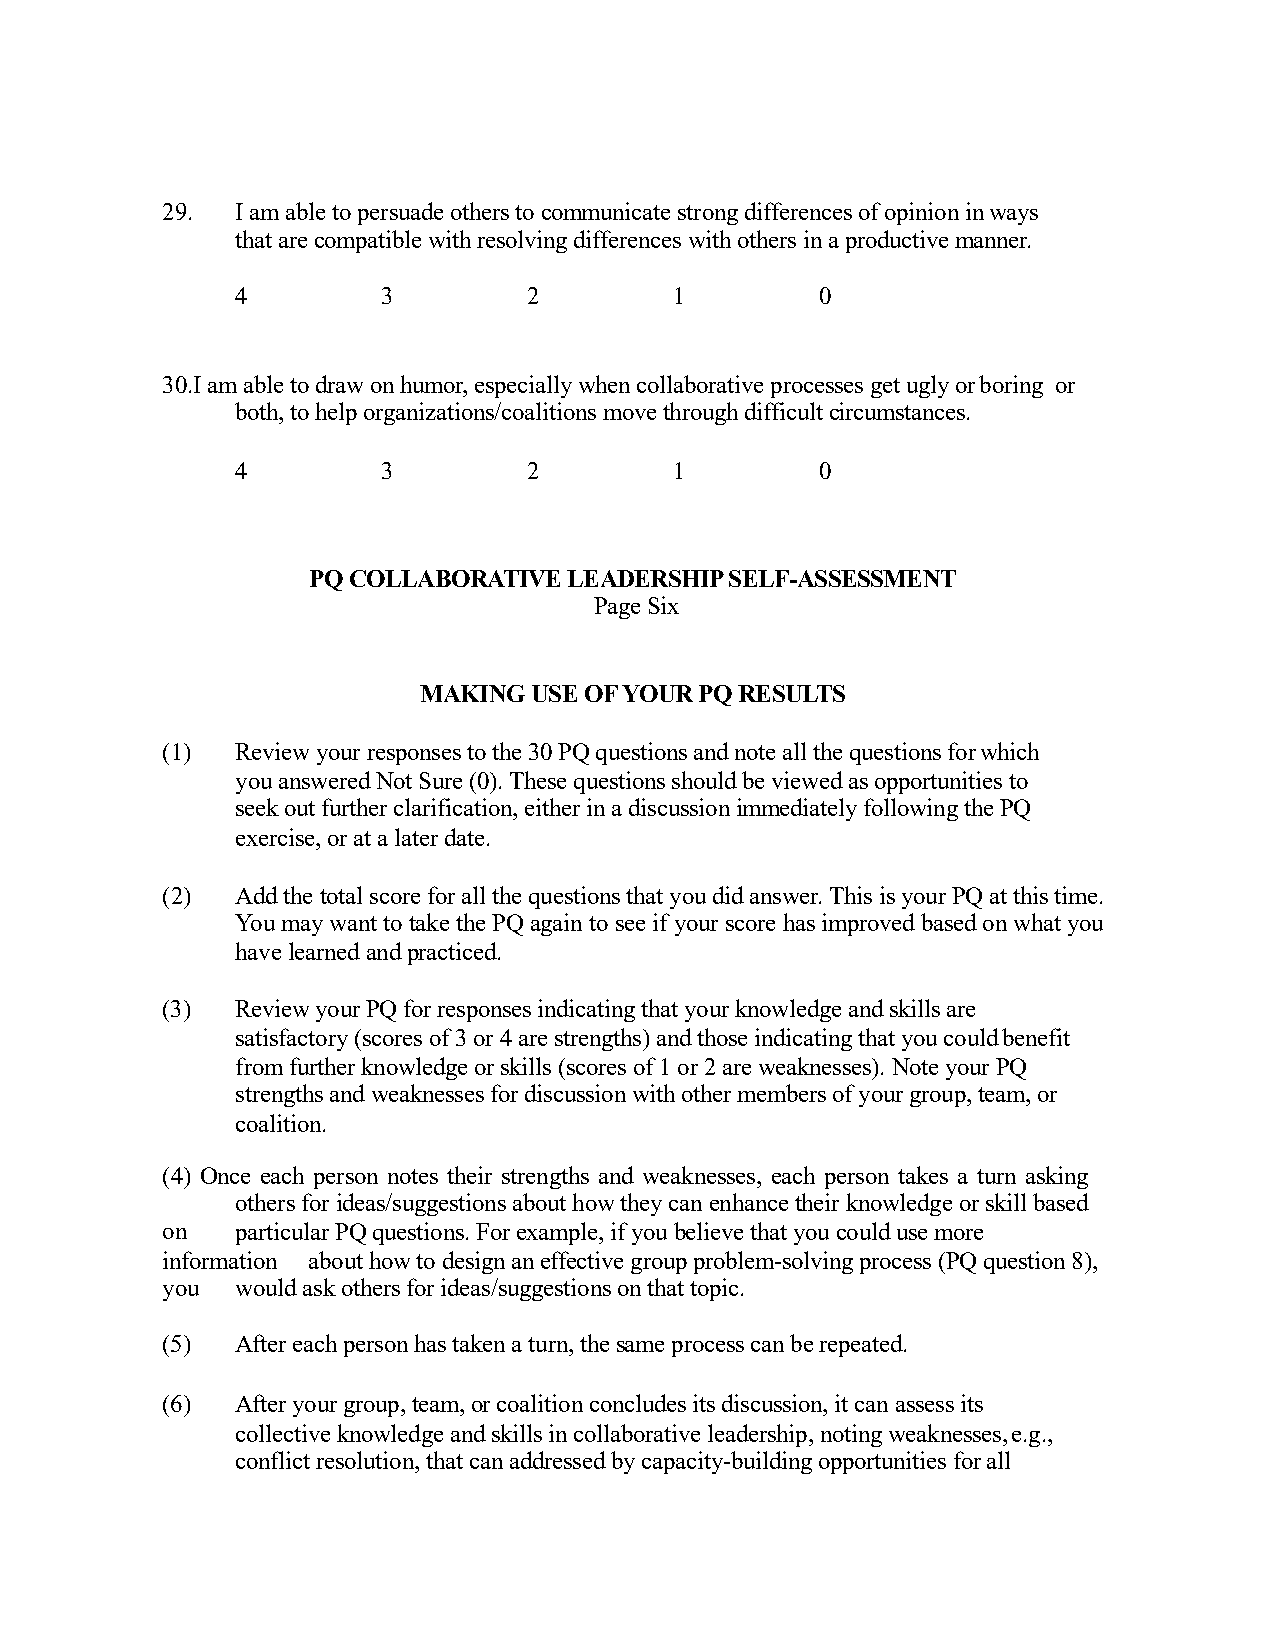
29.  I am able to persuade others to communicate strong differences of opinion inways
 that are compatible with resolving differences with others in a productivemanner.
 4        3         2         1        0
 30.I am able to draw on humor, especially when collaborative processes get ugly orboring or
 both, to help organizations/coalitions move through difficultcircumstances.
 4        3         2         1        0
 PQ COLLABORATIVE  LEADERSHIPSELF-ASSESSMENT
 PageSix
 MAKING USE OF YOUR PQRESULTS
 (1)  Review your responses to the 30 PQ questions and note all the questions forwhich
 you answered Not Sure (0). These questions should be viewed as opportunities to
 seek out further clarification, either in a discussion immediately following the PQ
 exercise, or at a laterdate.
 (2)  Addthetotalscoreforallthequestionsthatyoudidanswer.ThisisyourPQatthistime.
 Youmaywant totake the PQagaintosee if your score hasimprovedbasedonwhat you
 havelearnedandpracticed.
 (3)  Review your PQ for responses indicating that your knowledge and skills are
 satisfactory (scores of 3 or 4 are strengths) and those indicating that you couldbenefit
 from further knowledge or skills (scores of 1 or 2 are weaknesses). Note your PQ
 strengths and weaknesses for discussion with other members of your group, team, or
 coalition.
 (4) Once each person notes their strengths and weaknesses, each person takes a turn asking
 othersforideas/suggestionsabouthowtheycanenhancetheirknowledgeorskillbased
 on   particularPQquestions.Forexample,ifyoubelievethatyoucouldusemore
 information about how to design an effective group problem-solving process (PQ question 8),
 you  would ask others for ideas/suggestions on thattopic.
 (5)  After each person has taken a turn, the same process can berepeated.
 (6)  After your group, team, or coalition concludes its discussion, it can assess its
 collective knowledge and skills in collaborative leadership, noting weaknesses,e.g.,
 conflict resolution, that can addressed by capacity-building opportunities forall